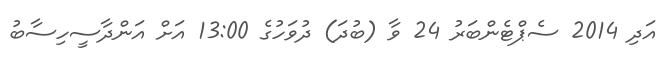
އަދި 2014 ސެޕްޓެންބަރު 24 ވާ (ބުދަ) ދުވަހުގެ 13:00 އަށް އަންދާސީހިސާބު